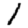
Digit: 1